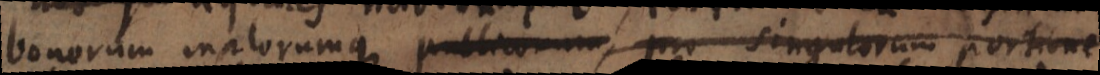
onorum malorumque publicorum pro singulorum portione